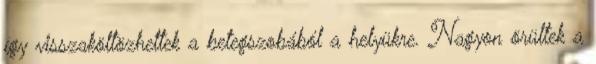
így visszaköltözhettek a betegszobából a helyükre. Nagyon örültek a